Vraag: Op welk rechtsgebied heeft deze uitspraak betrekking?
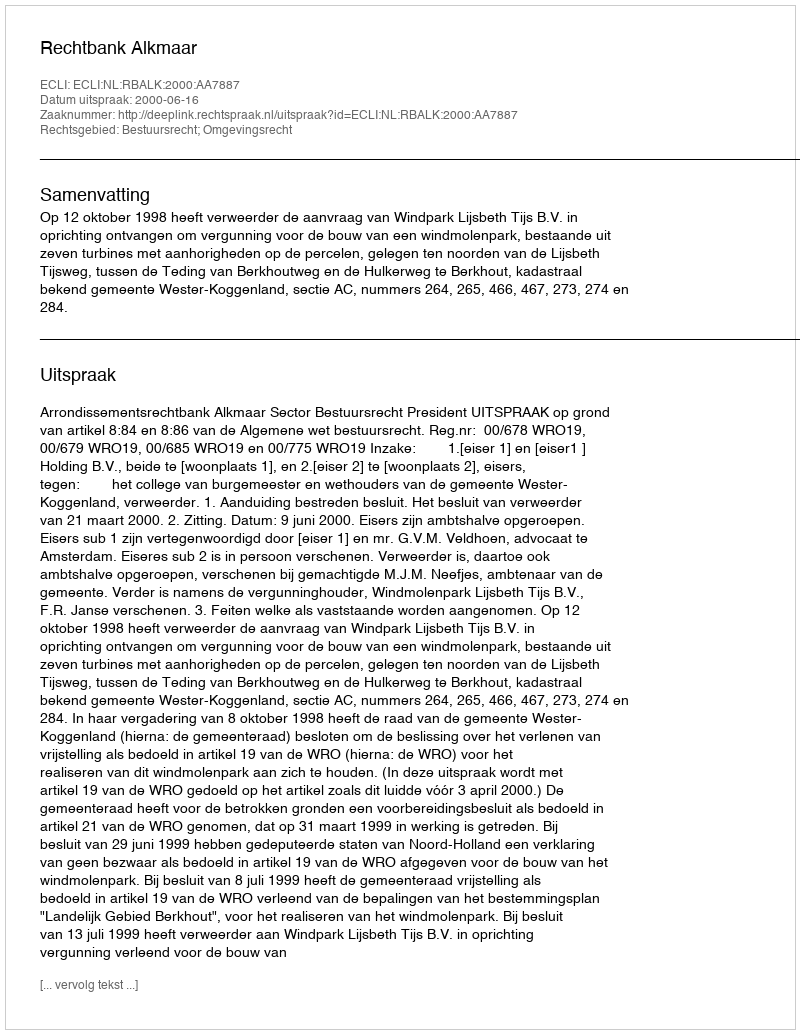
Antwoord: Bestuursrecht; Omgevingsrecht